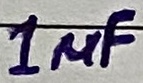
Text: 1µF